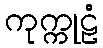
ကုက္ကုဠံ